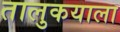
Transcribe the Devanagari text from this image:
तालुकयाला